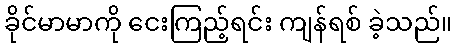
ခိုင်မာမာကို ငေးကြည့်ရင်း ကျန်ရစ် ခဲ့သည်။